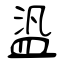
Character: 盕